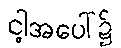
ငါ့အပေါ်၌